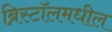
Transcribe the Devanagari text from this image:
ब्रिस्टॉलमधील